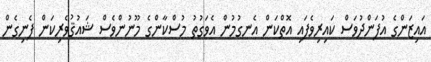
އައިޒަންގެ އުފަންދުވަސް ކައިރިވެފައި އޮތްކަން އެނގުމުން އެވަގުތު މުސްކާންގެ މޫނުންވެސް ޝައުޤުވެރިކަން ފެނިގެން